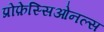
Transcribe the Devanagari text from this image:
प्रोफ़ेस्सिओनल्स